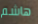
هاشم